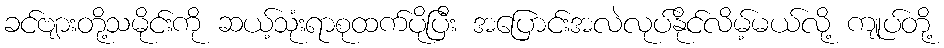
ခင်ဗျားတို့သမိုင်းကို ဆယ့်သုံးရာစုထက်ပိုပြီး အပြောင်းအလဲလုပ်နိုင်လိမ့်မယ်လို့ ကျုပ်တို့